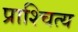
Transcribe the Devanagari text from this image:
प्राश्चित्य